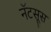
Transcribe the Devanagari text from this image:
नॅटसूस